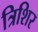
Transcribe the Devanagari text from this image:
त्रिशिर